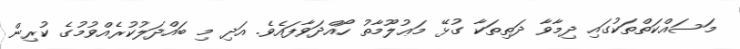
މަސައްކަތްތަކުގައި ދިމާވާ ދަތިތަކާ ގުޅޭ މަޢުލޫމާތު ހޯއްދަވާފައެވެ. އަދި މި ބައްދަލުކުރެއްވުމުގެ ކުރިން